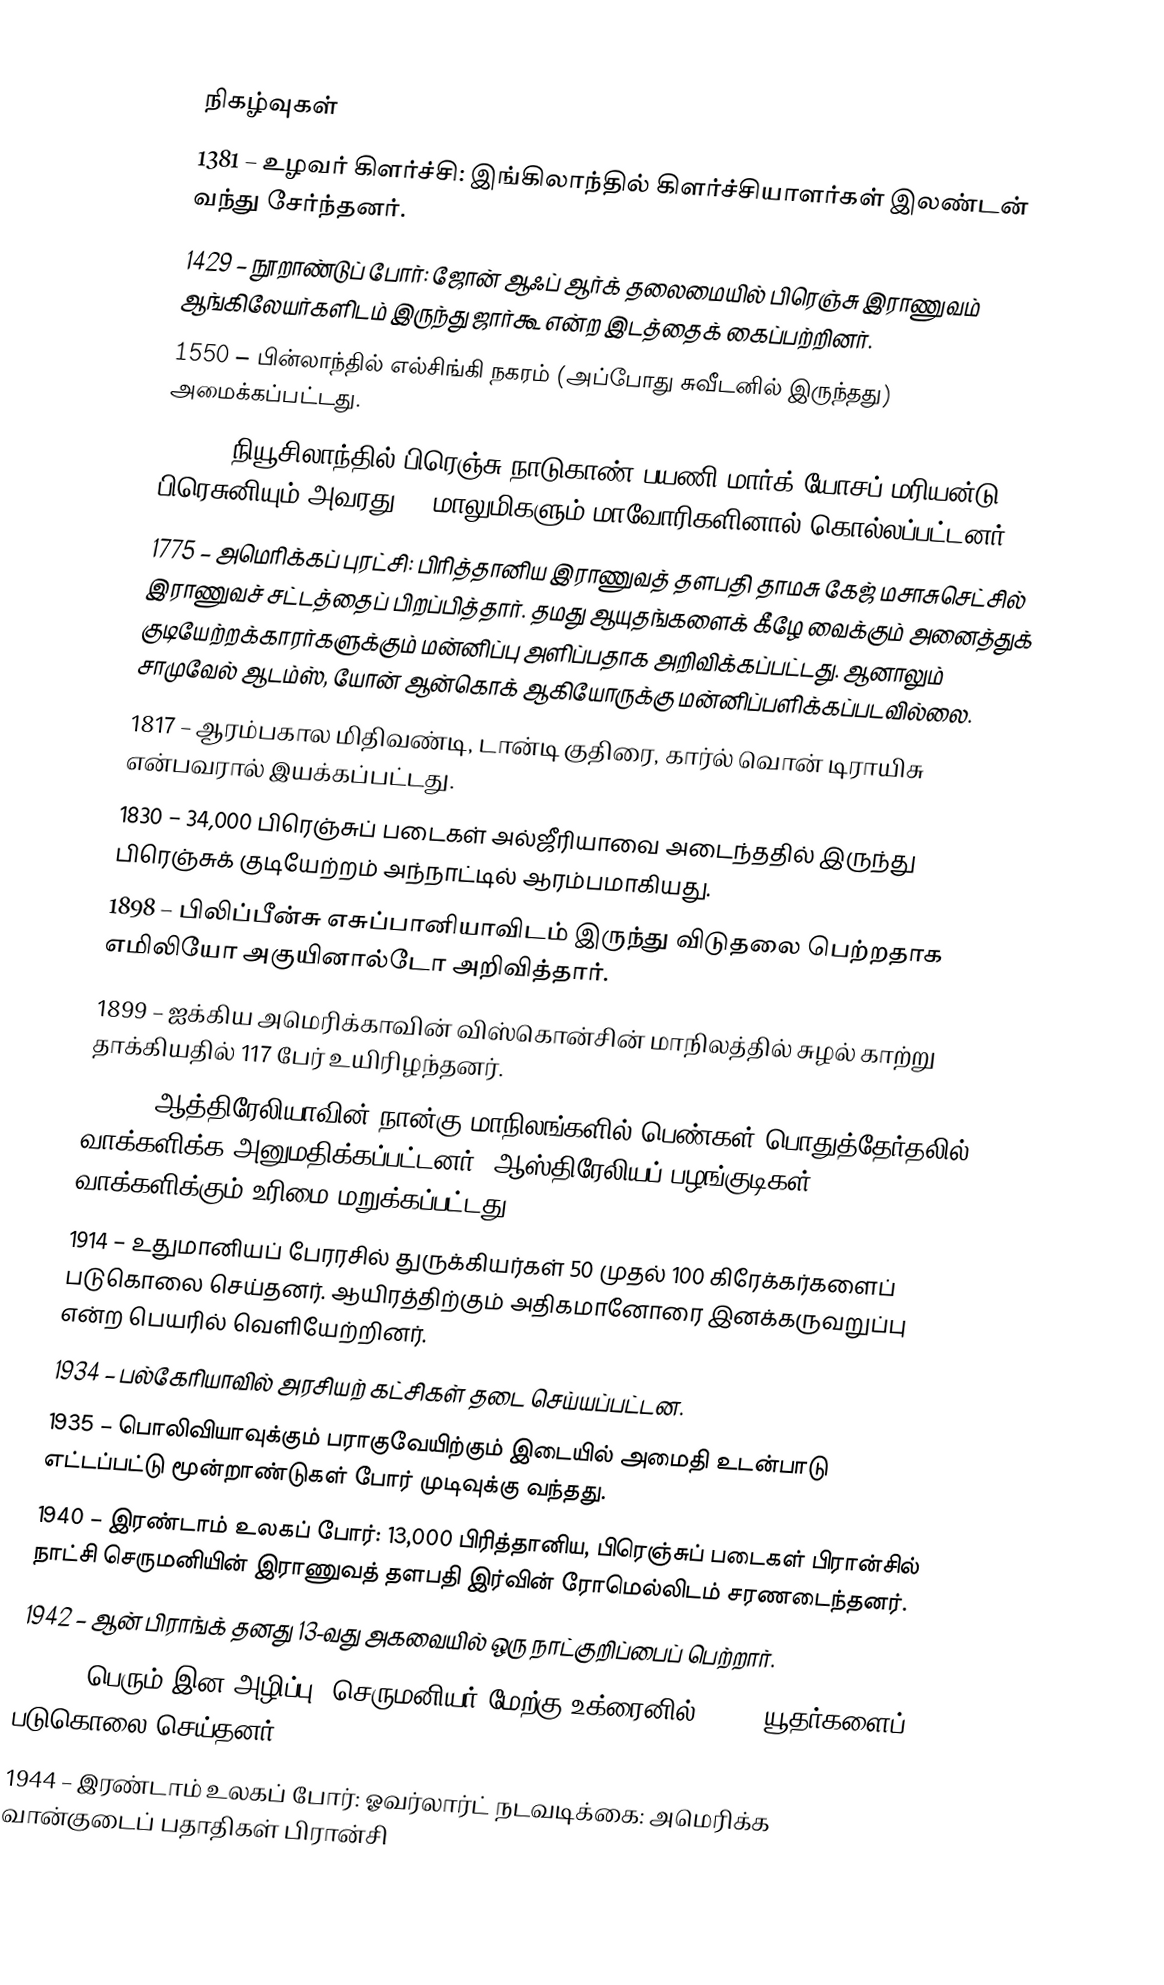

நிகழ்வுகள்
1381 – உழவர் கிளர்ச்சி: இங்கிலாந்தில் கிளர்ச்சியாளர்கள் இலண்டன் வந்து சேர்ந்தனர்.
1429 – நூறாண்டுப் போர்: ஜோன் ஆஃப் ஆர்க் தலைமையில் பிரெஞ்சு இராணுவம் ஆங்கிலேயர்களிடம் இருந்து ஜார்கூ என்ற இடத்தைக் கைப்பற்றினர்.
1550 – பின்லாந்தில் எல்சிங்கி நகரம் (அப்போது சுவீடனில் இருந்தது) அமைக்கப்பட்டது.
1772 – நியூசிலாந்தில் பிரெஞ்சு நாடுகாண் பயணி மார்க்-யோசப் மரியன்டு பிரெசுனியும் அவரது 26 மாலுமிகளும் மாவோரிகளினால் கொல்லப்பட்டனர்.
1775 – அமெரிக்கப் புரட்சி: பிரித்தானிய இராணுவத் தளபதி தாமசு கேஜ் மசாசுசெட்சில் இராணுவச் சட்டத்தைப் பிறப்பித்தார். தமது ஆயுதங்களைக் கீழே வைக்கும் அனைத்துக் குடியேற்றக்காரர்களுக்கும் மன்னிப்பு அளிப்பதாக அறிவிக்கப்பட்டது. ஆனாலும் சாமுவேல் ஆடம்ஸ், யோன் ஆன்கொக் ஆகியோருக்கு மன்னிப்பளிக்கப்படவில்லை.
1817 – ஆரம்பகால மிதிவண்டி, டான்டி குதிரை, கார்ல் வொன் டிராயிசு என்பவரால் இயக்கப்பட்டது.
1830 – 34,000 பிரெஞ்சுப் படைகள் அல்ஜீரியாவை அடைந்ததில் இருந்து பிரெஞ்சுக் குடியேற்றம் அந்நாட்டில் ஆரம்பமாகியது.
1898 – பிலிப்பீன்சு எசுப்பானியாவிடம் இருந்து விடுதலை பெற்றதாக எமிலியோ அகுயினால்டோ அறிவித்தார்.
1899 – ஐக்கிய அமெரிக்காவின் விஸ்கொன்சின் மாநிலத்தில் சுழல் காற்று தாக்கியதில் 117 பேர் உயிரிழந்தனர்.
1902 – ஆத்திரேலியாவின் நான்கு மாநிலங்களில் பெண்கள் பொதுத்தேர்தலில் வாக்களிக்க அனுமதிக்கப்பட்டனர். ஆஸ்திரேலியப் பழங்குடிகள் வாக்களிக்கும் உரிமை மறுக்கப்பட்டது.
1914 – உதுமானியப் பேரரசில் துருக்கியர்கள் 50 முதல் 100 கிரேக்கர்களைப் படுகொலை செய்தனர். ஆயிரத்திற்கும் அதிகமானோரை இனக்கருவறுப்பு என்ற பெயரில் வெளியேற்றினர்.
1934 – பல்கேரியாவில் அரசியற் கட்சிகள் தடை செய்யப்பட்டன.
1935 – பொலிவியாவுக்கும் பராகுவேயிற்கும் இடையில் அமைதி உடன்பாடு எட்டப்பட்டு மூன்றாண்டுகள் போர் முடிவுக்கு வந்தது.
1940 – இரண்டாம் உலகப் போர்: 13,000 பிரித்தானிய, பிரெஞ்சுப் படைகள் பிரான்சில் நாட்சி செருமனியின் இராணுவத் தளபதி இர்வின் ரோமெல்லிடம் சரணடைந்தனர்.
1942 – ஆன் பிராங்க் தனது 13-வது அகவையில் ஒரு நாட்குறிப்பைப் பெற்றார்.
1943 – பெரும் இன அழிப்பு: செருமனியர் மேற்கு உக்ரைனில் 1,180 யூதர்களைப் படுகொலை செய்தனர்.
1944 – இரண்டாம் உலகப் போர்: ஓவர்லார்ட் நடவடிக்கை: அமெரிக்க வான்குடைப் பதாதிகள் பிரான்சி